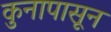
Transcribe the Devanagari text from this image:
कुनापासून